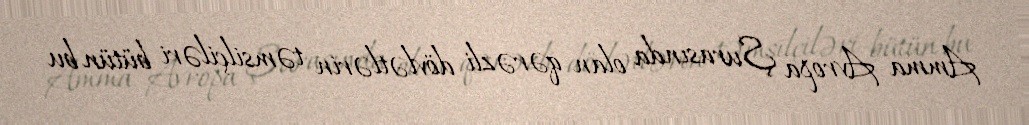
Amma Avropa Şurasında olan qərəzli dövlətlərin təmsilçiləri bütün bu